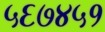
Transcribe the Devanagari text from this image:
५६७४५१